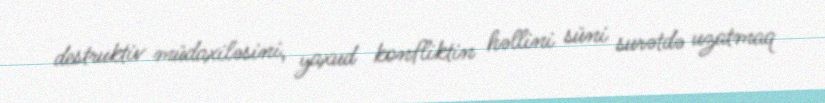
destruktiv müdaxiləsini, yaxud konfliktin həllini süni surətdə uzatmaq